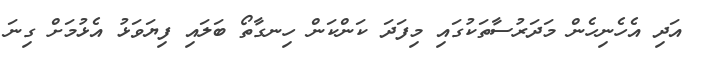
އަދި އެހެނިހެން މަދަރުސާތަކުގައި މިފަދަ ކަންކަން ހިނގާތޯ ބަލައި ފިޔަވަޅު އެޅުމަށް ގިނަ